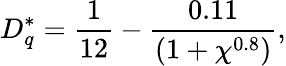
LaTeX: D_{q}^{*}=\frac{1}{12}-\frac{0.11}{(1+\chi^{0.8})},